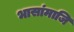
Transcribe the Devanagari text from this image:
भासांमाजि